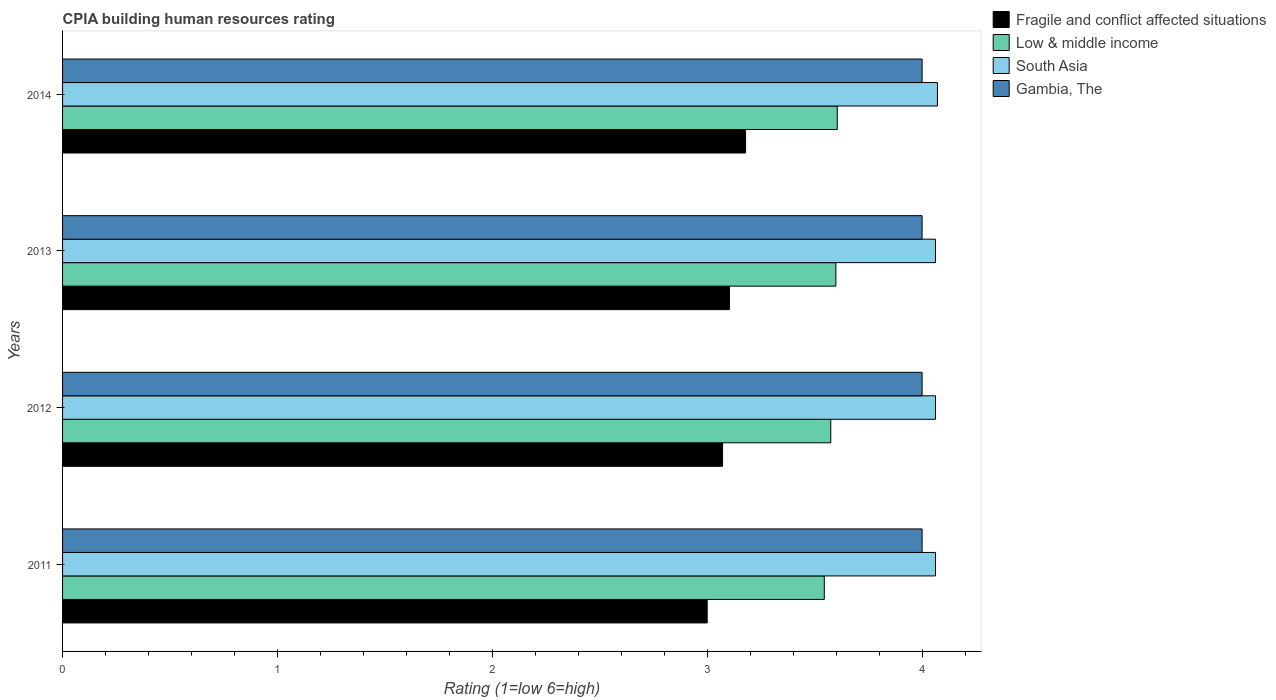
| Years | Fragile and conflict affected situations | Low & middle income | South Asia | Gambia, The |
 | --- | --- | --- | --- | --- |
 | 2011 | 3 | 3.54 | 4.06 | 4 |
 | 2012 | 3.07 | 3.58 | 4.06 | 4 |
 | 2013 | 3.1 | 3.6 | 4.06 | 4 |
 | 2014 | 3.18 | 3.61 | 4.07 | 4 |